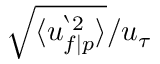
\sqrt { \langle u _ { f \mid p } ^ { ` 2 } \rangle } / u _ { \tau }